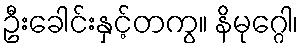
ဦးခေါင်းနှင့်တကွ။ နိမုဂ္ဂေါ၊